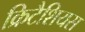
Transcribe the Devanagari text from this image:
क्रिटैशियस